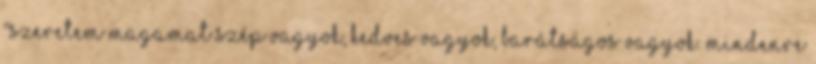
"Szeretem magamat Szép vagyok, kedves vagyok, barátságos vagyok. Mindenre